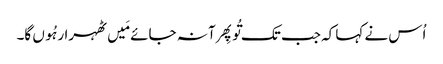
اُس نے کہا کہ جب تک تُو پِھر آ نہ جائے مَیں ٹھہرا رہُوں گا۔